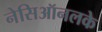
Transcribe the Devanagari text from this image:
नेसिऑनलके